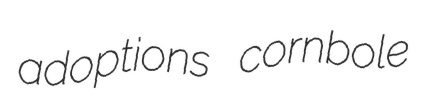
adoptions cornbole